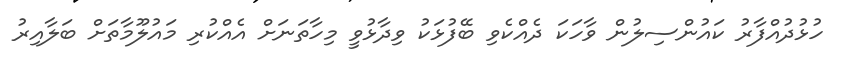
ހުޅުދުއްފާރު ކައުންސިލުން ވާހަކަ ދެއްކެވި ބޭފުޅަކު ވިދާޅުވީ މިހާތަނަށް އެއްކުރި މައުލޫމާތަށް ބަލާއިރު